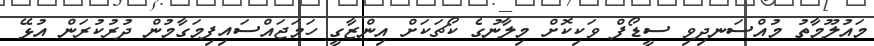
މައުލޫމާތު މުއްސަނދިވި ސީޑޯފް ވަކިކޮށް މިލާނުގެ ކޯޗަކަށް އިންޒާގީ ހަމަޖައްސައިފިމަގާމުން ދުރުކުރަން އުޅޭ